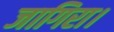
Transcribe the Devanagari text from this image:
जागिरा।